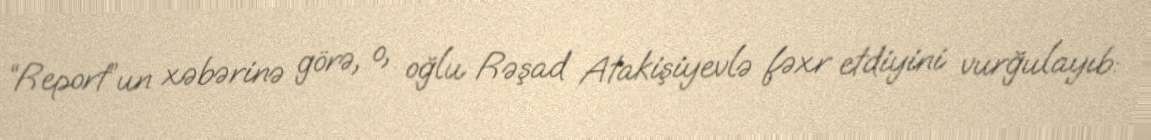
“Report”un xəbərinə görə, o, oğlu Rəşad Atakişiyevlə fəxr etdiyini vurğulayıb: